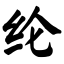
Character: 纶